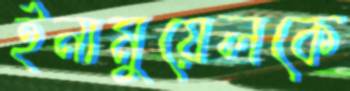
ইনামুয়েলকে